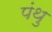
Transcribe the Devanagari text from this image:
पंथु